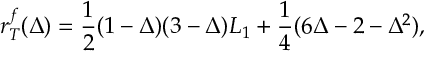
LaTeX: r _ { T } ^ { f } ( \Delta ) = \frac { 1 } { 2 } ( 1 - \Delta ) ( 3 - \Delta ) L _ { 1 } + \frac { 1 } { 4 } ( 6 \Delta - 2 - \Delta ^ { 2 } ) ,